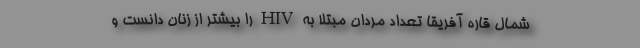
شمال قاره آفریقا تعداد مردان مبتلا به HIV را بیشتر از زنان دانست و